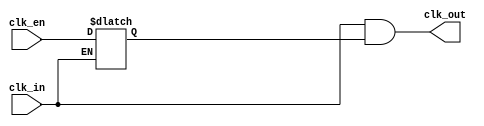
//************************************************************
// See LICENSE for license details.
//
// Module: uv_clk_gate
//
// Designer: Owen
//
// Description:
//      General clock gate for low power design.
//************************************************************

`timescale 1ns / 1ps

module uv_clk_gate
(
    input                   clk_in,
    input                   clk_en,
    output                  clk_out
);

`ifdef ASIC

    // Cell instantiation for specific process.

`elsif FPGA

    // Bypass clock gating for FPGA.
    assign clk_out = clk_in;

`else // SIMULATION

    reg en;

    // Latch.
    always @(*) begin
        if (~clk_in) begin
            en = clk_en;
        end
    end

    assign clk_out = clk_in & en;

`endif

endmodule